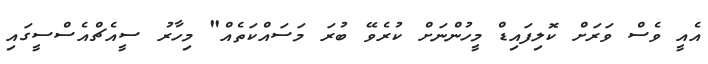
އެއީ ވެސް ވަރަށް ކޮލިފައިޑް މީހުންނަށް ކުރެވޭ ބުރަ މަސައްކަތެއް" މިހާރު ސީއެޗްއެސްސީގައި